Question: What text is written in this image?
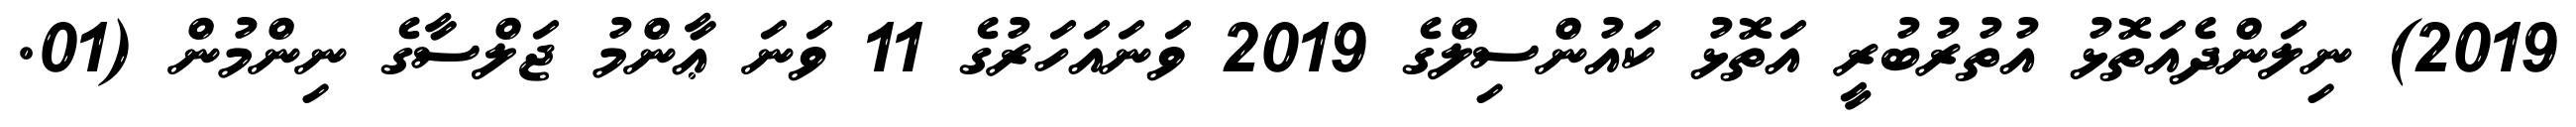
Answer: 2019) ނިލަންދެއަތޮޅު އުތުރުބުރީ އަތޮޅު ކައުންސިލްގެ 2019 ވަނައަހަރުގެ 11 ވަނަ ޢާންމު ޖަލްސާގެ ނިންމުން (01.